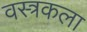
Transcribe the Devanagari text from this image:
वस्त्रकला